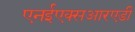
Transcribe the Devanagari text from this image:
एनईएक्सआरएडी